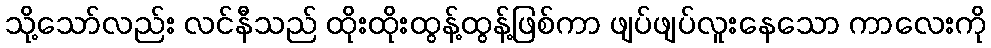
သို့သော်လည်း လင်နီသည် ထိုးထိုးထွန့်ထွန့်ဖြစ်ကာ ဖျပ်ဖျပ်လူးနေသော ကာလေးကို